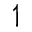
\upharpoonleft